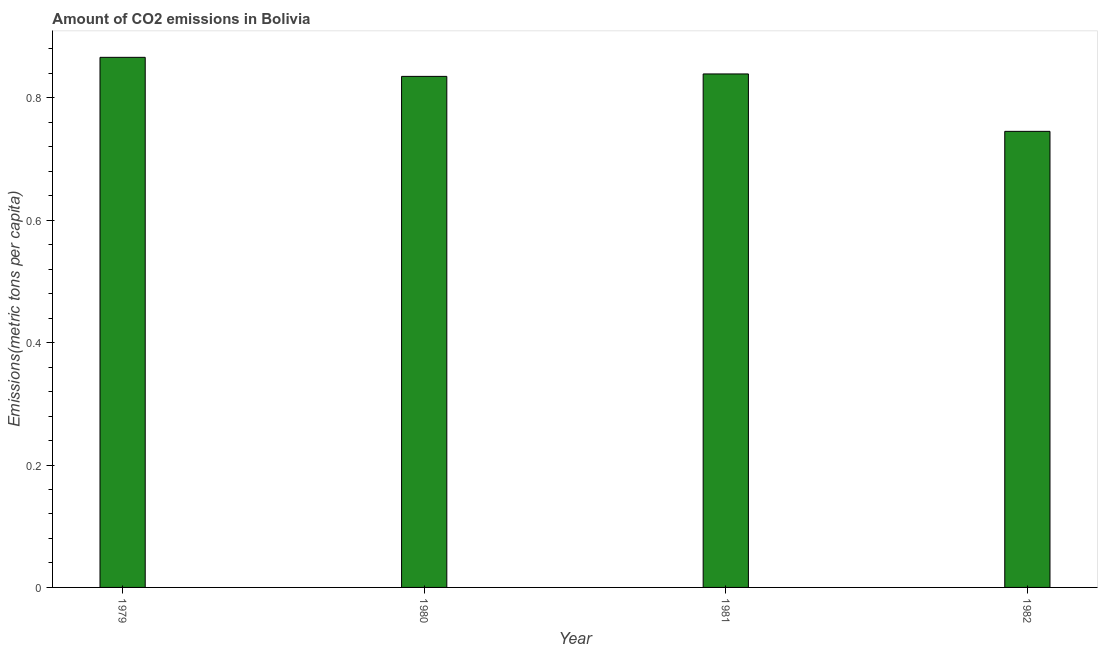
| Year | CO2 emissions |
 | --- | --- |
 | 1979 | 0.866 |
 | 1980 | 0.835 |
 | 1981 | 0.839 |
 | 1982 | 0.745 |